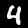
Label: 4